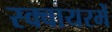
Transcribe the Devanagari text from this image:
स्क्वायरमें